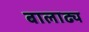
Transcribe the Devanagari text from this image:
बालाढ्य